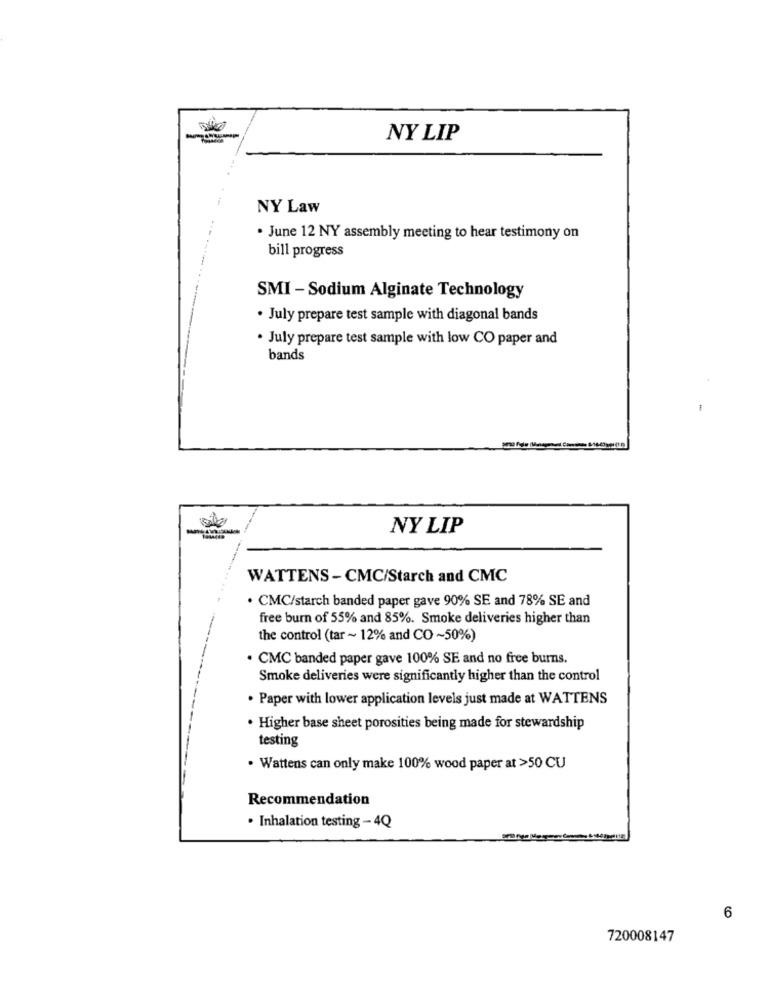
NY LIP
NY Law
. June 12 NY assembly meeting to hear testimony on
bill progress
SMI - Sodium Alginate Technology
. July prepare test sample with diagonal bands
. July prepare test sample with low CO paper and
bands
NY LIP
WATTENS - CMC/Starch and CMC
· CMC/starch banded paper gave 90% SE and 78% SE and
free burn of 55% and 85%. Smoke deliveries higher than
the control (tar ~ 12% and CO~50%)
· CMC banded paper gave 100% SE and no free burns.
Smoke deliveries were significantly higher than the control
. Paper with lower application levels just made at WATTENS
· Higher base sheet porosities being made for stewardship
testing
. Wattens can only make 100% wood paper at >50 CU
Recommendation
· Inhalation testing - 4Q
6
720008147